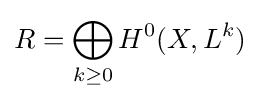
R=\bigoplus _{k\geq 0}H^{0}(X,L^{k})